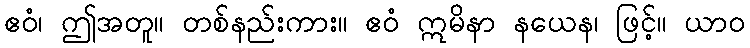
ဧဝံ၊ ဤအတူ။ တစ်နည်းကား။ ဧဝံ ဣမိနာ နယေန၊ ဖြင့်။ ယာဝ